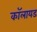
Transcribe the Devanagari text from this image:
कॉलायड